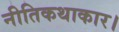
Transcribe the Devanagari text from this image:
नीतिकथाकार।